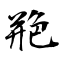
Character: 艵